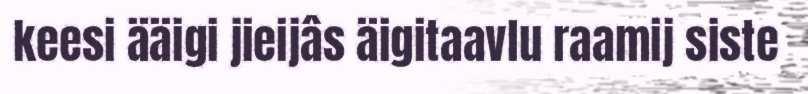
keesi ääigi jieijâs äigitaavlu raamij siste